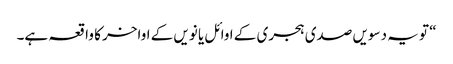
“ تو یہ دسویں صدی ہجری کے اوائل یا نویں کے اواخر کا واقعہ ہے۔